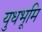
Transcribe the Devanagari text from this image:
युधभूमि